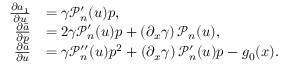
\begin{array} { r l } { \frac { \partial a _ { 1 } } { \partial u } } & { = \gamma \mathcal { P } _ { n } ^ { \prime } ( u ) p , } \\ { \frac { \partial \tilde { a } } { \partial p } } & { = 2 \gamma \mathcal { P } _ { n } ^ { \prime } ( u ) p + \left( \partial _ { x } \gamma \right) \mathcal { P } _ { n } ( u ) , } \\ { \frac { \partial \tilde { a } } { \partial u } } & { = \gamma \mathcal { P } _ { n } ^ { \prime \prime } ( u ) p ^ { 2 } + \left( \partial _ { x } \gamma \right) \mathcal { P } _ { n } ^ { \prime } ( u ) p - g _ { 0 } ( x ) . } \end{array}